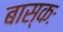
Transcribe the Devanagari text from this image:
बास्कः